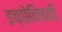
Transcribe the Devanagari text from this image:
इच्छेविषयी